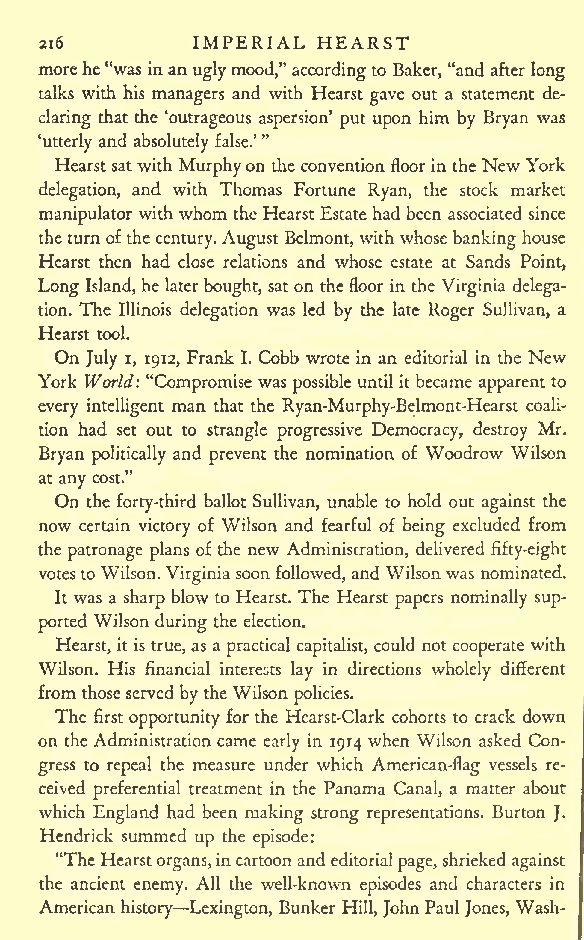
IMPERIAL HEARST
 216
 morehe"was inan uglymood," accordingto Baker, "and after long
 talks with his managers and with Hearst gave out a statement de-
 claring that the 'outrageous aspersion' put upon him by Bryan was
 'utterly
 and
 absolutely
 false.'"
 Hearstsatwith Murphyon the convention floorin the NewYork
 delegation, and with Thomas Fortune Ryan, the stock market
 manipulator with whom the Hearst Estate had been associated since
 theturnofthecentury.August Belmont, with whosebanking house
 Hearst then had close relations and whose estate at Sands Point,
 Long Island, he laterbought, saton thefloor in the Virginia delega-
 tion. The Illinois delegation was led by the late Roger Sullivan, a
 Hearst tool.
 On July i, 1912, Frank I. Cobb wrote in an editorial in the New
 York World: "Compromise was possible until it became apparent to
 every intelligent man that the Ryan-Murphy-Belmont-Hearst coali-
 tion had set out to strangle progressive Democracy, destroy Mr.
 Bryan politically and prevent the nomination of Woodrow Wilson
 at any cost."
 On the forty-third ballot Sullivan, unable to hold out against the
 now certain victory of Wilson and fearful of being excluded from
 the patronage plans of the new Adminiscration, delivered fifty-eight
 votesto Wilson.Virginia soonfollowed, and Wilsonwas nominated.
 It was a sharp blow to Hearst. The Hearst papers nominally sup-
 ported Wilson during the election.
 Hearst, it is true,as a practical capitalist, could not cooperate with
 Wilson. His financial interests lay in directions wholely different
 from thoseserved by theWilson policies.
 The first opportunity for the Hearst-Clark cohorts to crack down
 on the Administration came early in 1914 when Wilson asked Con-
 gress to repeal the measure under which American-flag vessels re-
 ceived preferential treatment in the Panama Canal, a matter about
 which England had been making strong representations. Burton J.
 Hendrick summed up the episode:
 "The Hearst organs,incartoon andeditorialpage,shrieked against
 the ancient enemy. All the well-known episodes and characters in
 American history Lexington, Bunker Hill, JohnPaul Jones, Wash-